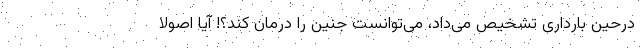
درحین بارداری تشخیص می‌داد، می‌توانست جنین را درمان کند؟! آیا اصولاً